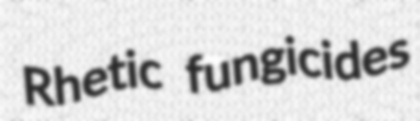
Rhetic fungicides